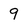
Character: 9